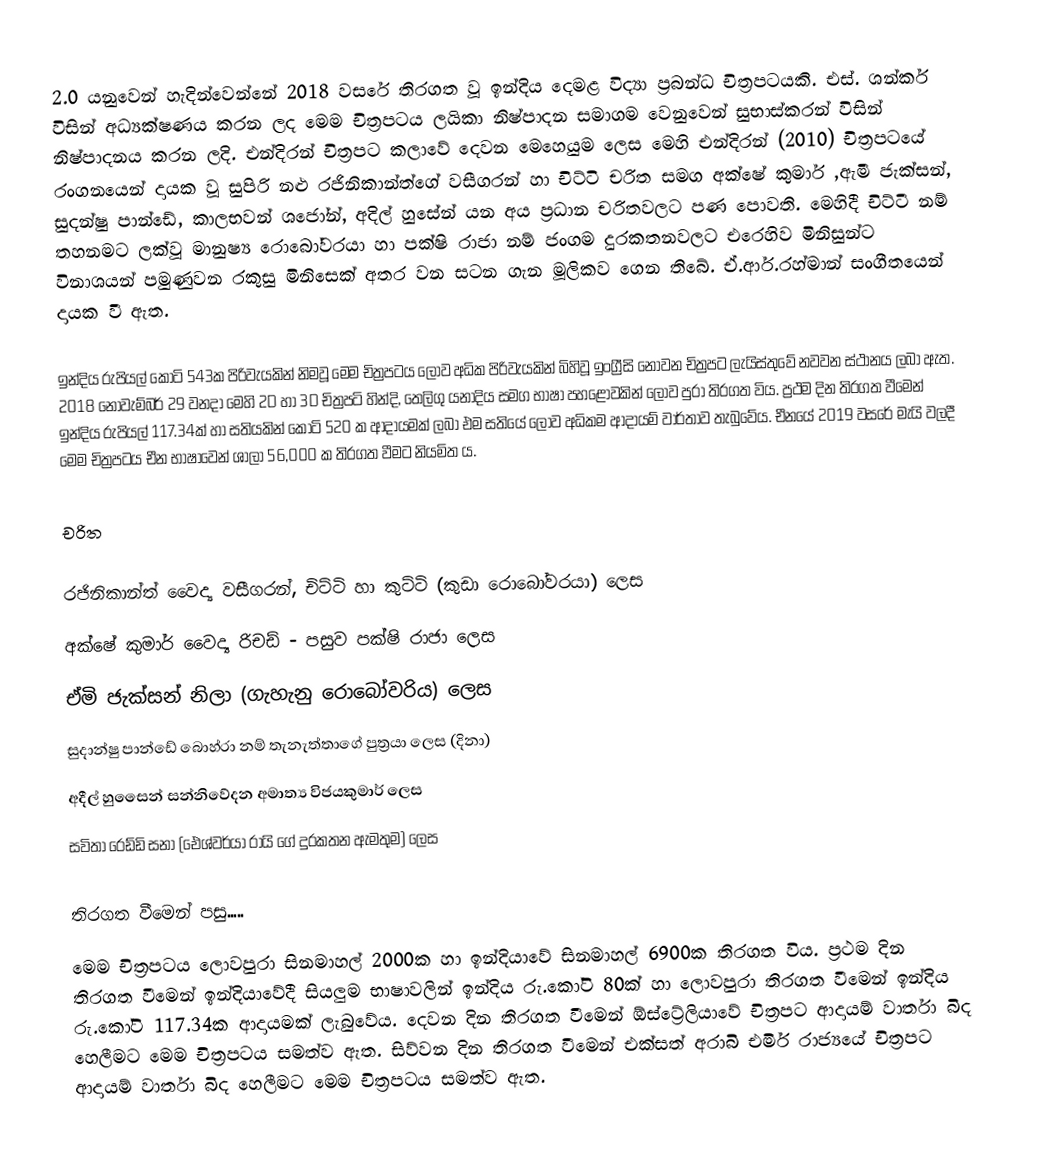
2.0 යනුවෙන් හැදින්වෙන්නේ 2018 වසරේ තිරගත වූ ඉන්දිය දෙමළ විද්‍යා ප්‍රබන්ධ චිත්‍රපටයකි. එස්. ශන්කර් විසින් අධ්‍යක්ෂණය කරන ලද මෙම චිත්‍රපටය ලයිකා නිෂ්පාදන සමාගම වෙනුවෙන් සුභාස්කරන් විසින් නිෂ්පාදනය කරන ලදි. එන්දිරන් චිත්‍රපට කලාවේ දෙවන මෙහෙයුම ලෙස මෙහි එන්දිරන් (2010) චිත්‍රපටයේ රංගනයෙන් දායක වූ සුපිරි නළු රජිනිකාන්ත්ගේ වසීගරන් හා චිට්ටි චරිත සමග අක්ෂේ කුමාර් ,ඇමී ජැක්සන්, සුදන්ෂු පාන්ඩේ, කාලභවන් ශජෝන්, අදිල් හුසේන් යන අය ප්‍රධාන චරිතවලට පණ පොවති. මෙහිදී චිට්ටී නම් තහනමට ලක්වූ මානුෂ්‍ය රොබෝවරයා හා පක්ෂි රාජා නම් ජංගම දුරකතනවලට එරෙහිව මිනිසුන්ට විනාශයන් පමුණුවන රකුසු මිනිසෙක් අතර වන සටන ගැන මූලිකව ගෙන තිබේ. ඒ.ආර්.රහ්මාන් සංගීතයෙන් දායක වී ඇත.

ඉන්දිය රුපියල් කෝටි 543ක පිරිවැයකින් නිමවූ මෙම චිත්‍රපටය ලොව අධික පිරිවැයකින් බිහිවූ ඉංග්‍රීසි නොවන චිත්‍රපට ලැයිස්තුවේ නවවන ස්ථානය ලබා ඇත. 2018 නොවැම්බර් 29 වනදා මෙහි 2D හා 3D චිත්‍රපටි හින්දි, තෙලිගු යනාදිය සමග භාෂා පහළොවකින් ලොව පුරා තිරගත විය. ප්‍රථම දින තිරගත වීමෙන් ඉන්දිය රුපියල් 117.34ක් හා සතියකින් කෝටි 520 ක ආදායමක් ලබා එම සතියේ ලොව අධිකම ආදායම් වාර්තාව තැබුවේය. චීනයේ 2019 වසරේ මැයි වලදී මෙම චිත්‍රපටය චීන භාෂාවෙන් ශාලා 56,000 ක තිරගත වීමට නියමිත ය.

චරිත

රජිනිකාන්ත් වෛද්‍ය වසීගරන්, චිට්ටි හා කුට්ටි (කුඩා රොබෝවරයා) ලෙස
අක්ෂේ කුමාර් වෛද්‍ය රිචඩ් - පසුව පක්ෂි රාජා ලෙස
ඒමි ජැක්සන් නිලා (ගැහැනු රොබෝවරිය) ලෙස
 සුදාන්ෂු පාන්ඩේ බොහ්රා නම් තැනැත්තාගේ පුත්‍රයා ලෙස (දිනා)
 අදීල් හුසෛන් සන්නිවේදන අමාත්‍ය විජයකුමාර් ලෙස
සවිතා රෙඩ්ඩි සනා (ඓශ්වර්යා රායි ගේ දුරකතන ඇමතුම) ලෙස

තිරගත වීමෙන් පසු.....
මෙම චිත්‍රපටය ලොවපුරා සිනමාහල් 2000ක හා ඉන්දියාවේ සිනමාහල් 6900ක තිරගත විය. ප්‍රථම දින තිරගත වීමෙන් ඉන්දියාවේදී සියලුම භාෂාවලින් ඉන්දිය රු.කෝටි 80ක් හා ලොවපුරා තිරගත වීමෙන් ඉන්දිය රු.කෝටි 117.34ක ආදායමක් ලැබුවේය. දෙවන දින තිරගත වීමෙන් ඕස්ට්‍රේලියාවේ චිත්‍රපට ආදායම් වාර්තා බිද හෙලීමට මෙම චිත්‍රපටය සමත්ව ඇත. සිව්වන දින තිරගත වීමෙන් එක්සත් අරාබි එමිර් රාජ්‍යයේ චිත්‍රපට ආදායම් වාර්තා බිද හෙලීමට මෙම චිත්‍රපටය සමත්ව ඇත.